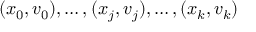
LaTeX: ( x _ { 0 } , v _ { 0 } ) , \ldots , ( x _ { j } , v _ { j } ) , \ldots , ( x _ { k } , v _ { k } )